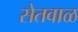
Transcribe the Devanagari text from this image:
सेतवाळ